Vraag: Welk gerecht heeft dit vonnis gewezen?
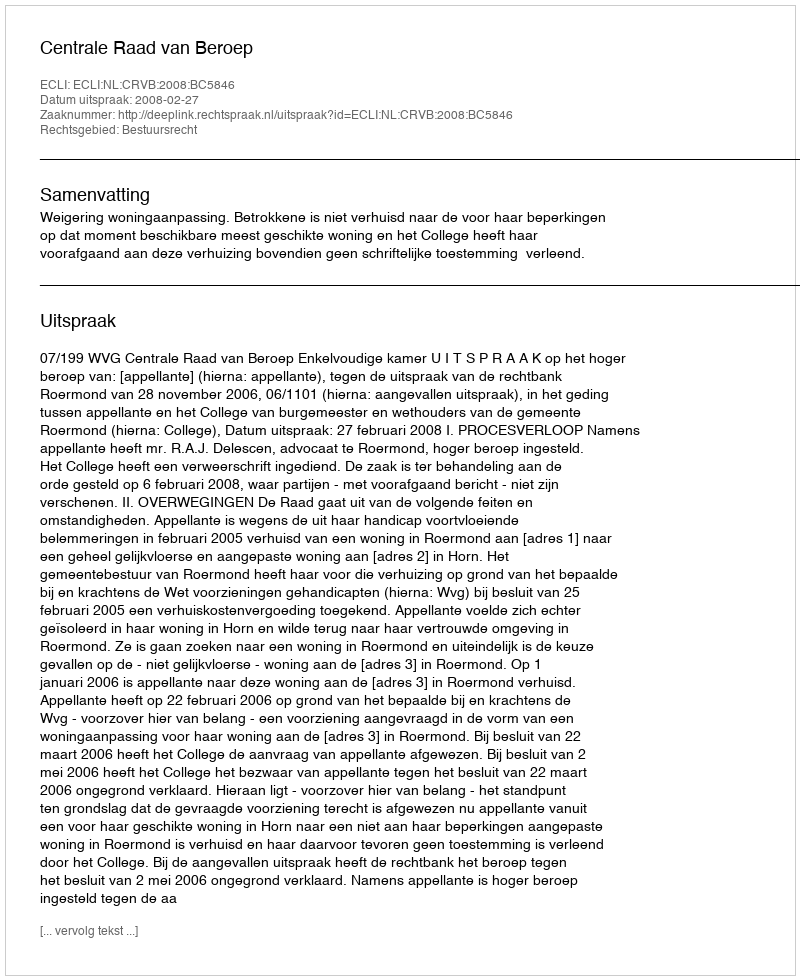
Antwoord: Centrale Raad van Beroep